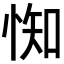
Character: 𢛍